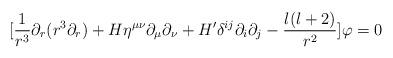
LaTeX: \begin{align*}[\frac{1}{r^{3}}\partial _{r}(r^{3}\partial _{r})+H\eta ^{\mu \nu }\partial _{\mu }\partial _{\nu }+H'\delta ^{ij}\partial _{i}\partial _{j}-\frac{l(l+2)}{r^{2}}]\varphi =0\end{align*}